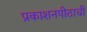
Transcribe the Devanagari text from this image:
प्रकाशनपीठाची